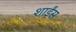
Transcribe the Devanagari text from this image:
शाईंस